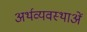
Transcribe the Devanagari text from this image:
अर्थव्यवस्थाअें